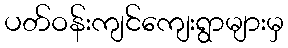
ပတ်ဝန်းကျင်ကျေးရွာများမှ